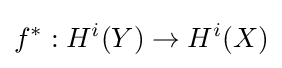
f^{*}:H^{i}(Y)\to H^{i}(X)